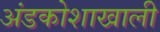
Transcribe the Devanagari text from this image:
अंडकोशाखाली